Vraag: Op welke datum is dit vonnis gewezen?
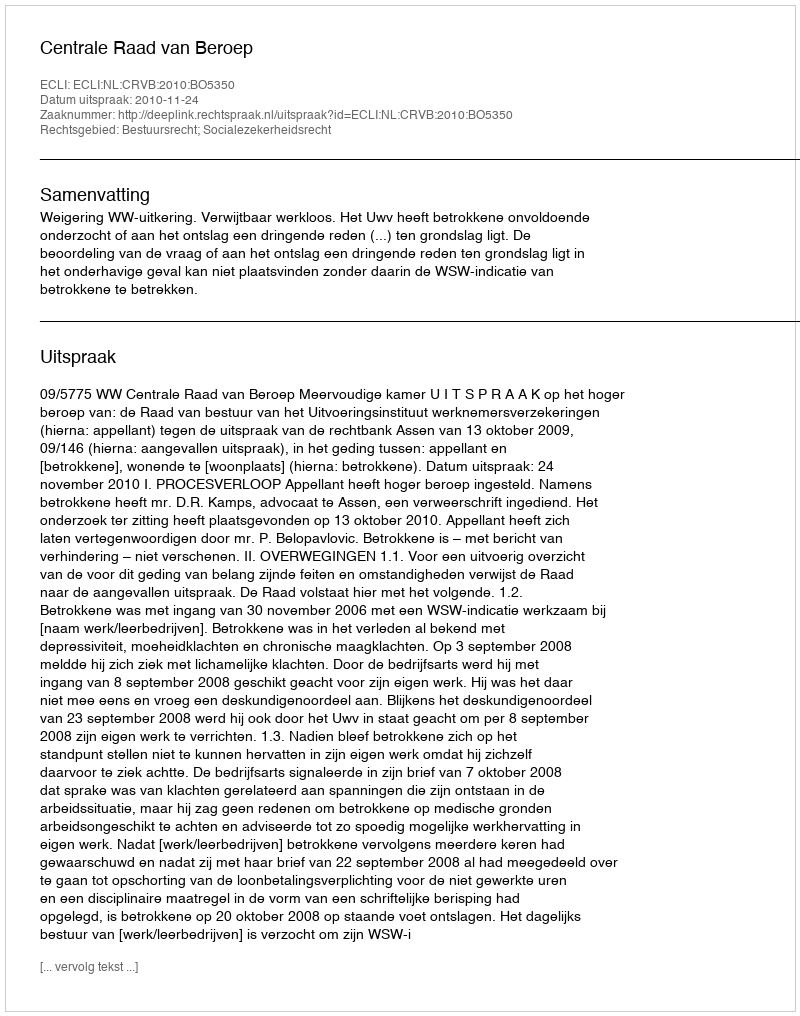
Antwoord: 2010-11-24